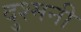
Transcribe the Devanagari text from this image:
दुश्‍मनी